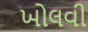
ખોલવી